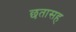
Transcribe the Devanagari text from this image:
छतासह